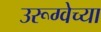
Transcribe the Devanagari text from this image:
उरूग्वेच्या